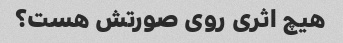
هیچ اثری روی صورتش هست؟